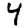
Digit: 4